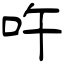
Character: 吘